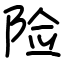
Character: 险